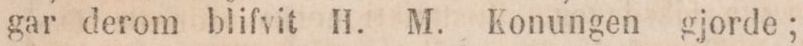
gar derom blifvit H. M. konungen gjorde;